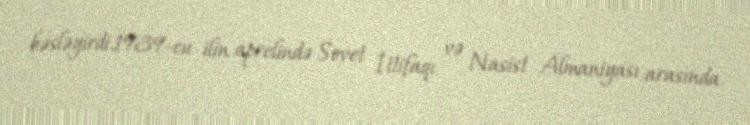
bəsləyirdi.1939-cu ilin aprelində Sovet İttifaqı və Nasist Almaniyası arasında